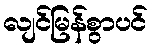
လျင်မြန်စွာပင်